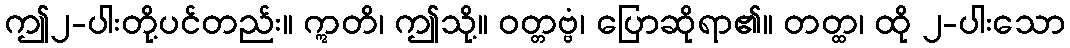
ဤ၂-ပါးတို့ပင်တည်း။ ဣတိ၊ ဤသို့။ ဝတ္တဗ္ဗံ၊ ပြောဆိုရာ၏။ တတ္ထ၊ ထို ၂-ပါးသော